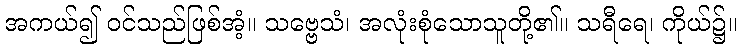
အကယ်၍ ဝင်သည်ဖြစ်အံ့။ သဗ္ဗေသံ၊ အလုံးစုံသောသူတို့၏။ သရီရေ၊ ကိုယ်၌။